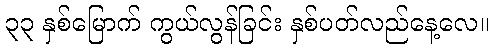
၃၃ နှစ်မြောက် ကွယ်လွန်ခြင်း နှစ်ပတ်လည်နေ့လေ။